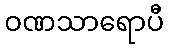
ဝဏသာရောပီ